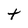
Character: t